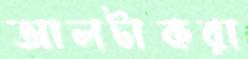
আলটাকরা